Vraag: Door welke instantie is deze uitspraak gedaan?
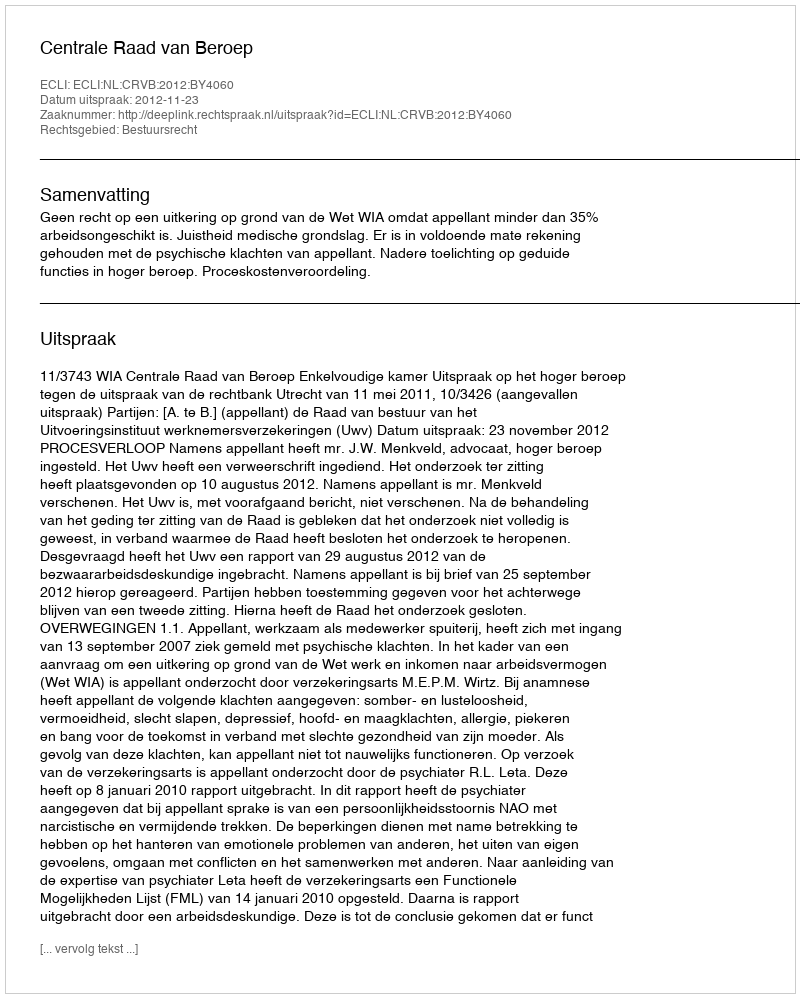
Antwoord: Centrale Raad van Beroep